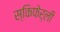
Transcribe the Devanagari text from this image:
स्किफेर्ली